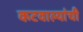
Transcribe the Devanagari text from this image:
कटवाल्यांची